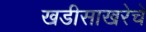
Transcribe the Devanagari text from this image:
खडीसाखरेचे